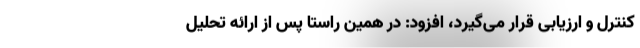
کنترل و ارزیابی قرار می‌گیرد، افزود: در همین راستا پس از ارائه تحلیل